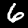
Digit: 6